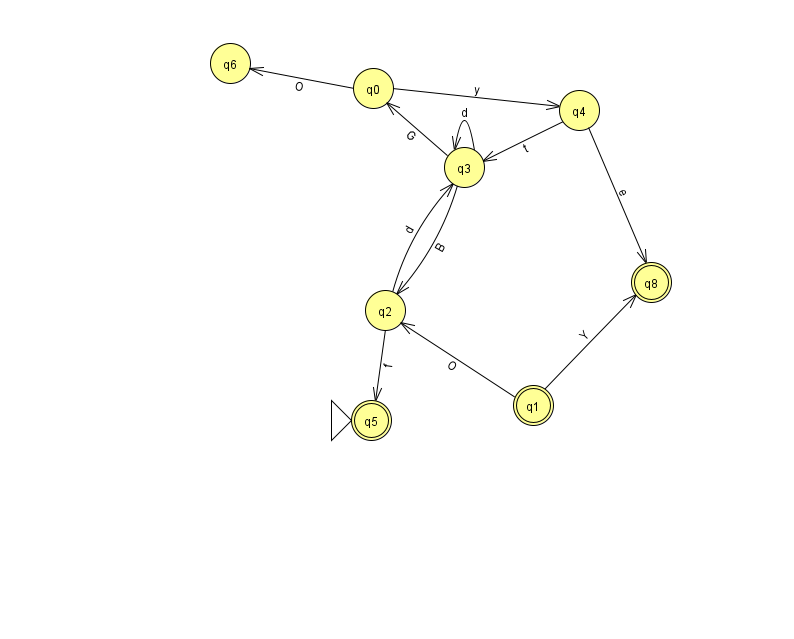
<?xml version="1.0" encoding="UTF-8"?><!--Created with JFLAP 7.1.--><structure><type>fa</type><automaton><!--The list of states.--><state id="0" name="q0"><x>373.0</x><y>75.0</y></state><state id="1" name="q1"><x>533.0</x><y>392.0</y><final/></state><state id="2" name="q2"><x>385.0</x><y>297.0</y></state><state id="3" name="q3"><x>464.0</x><y>154.0</y></state><state id="4" name="q4"><x>579.0</x><y>97.0</y></state><state id="5" name="q5"><x>371.0</x><y>407.0</y><initial/><final/></state><state id="6" name="q6"><x>230.0</x><y>50.0</y></state><state id="8" name="q8"><x>651.0</x><y>269.0</y><final/></state><!--The list of transitions.--><transition><from>3</from><to>0</to><read>G</read></transition><transition><from>3</from><to>3</to><read>d</read></transition><transition><from>4</from><to>3</to><read>t</read></transition><transition><from>1</from><to>2</to><read>O</read></transition><transition><from>4</from><to>8</to><read>e</read></transition><transition><from>0</from><to>6</to><read>O</read></transition><transition><from>2</from><to>3</to><read>d</read></transition><transition><from>0</from><to>4</to><read>y</read></transition><transition><from>2</from><to>5</to><read>f</read></transition><transition><from>3</from><to>2</to><read>B</read></transition><transition><from>1</from><to>8</to><read>Y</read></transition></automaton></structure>